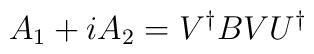
A_1 + iA_2 = V^{\dagger } B V U^{\dagger }